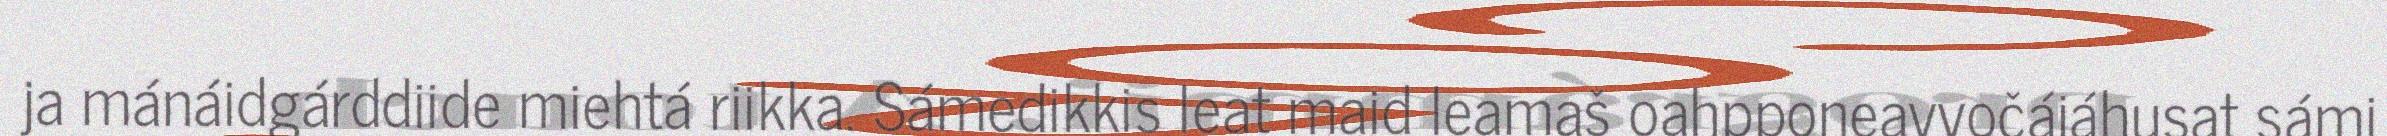
ja mánáidgárddiide miehtá riikka. Sámedikkis leat maid leamaš oahpponeavvočájáhusat sámi